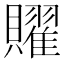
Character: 𧸭